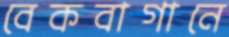
বেকবাগানে